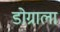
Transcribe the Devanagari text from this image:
डोग्राला